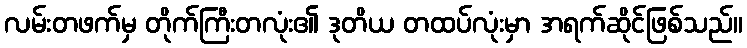
လမ်းတဖက်မှ တိုက်ကြီးတလုံး၏ ဒုတိယ တထပ်လုံးမှာ အရက်ဆိုင်ဖြစ်သည်။